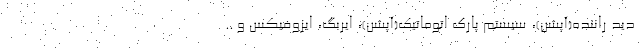
دید راننده(آپشن)، سیستم پارک اتوماتیک(آپشن)، ایربگ، ایزوفیکس و ..